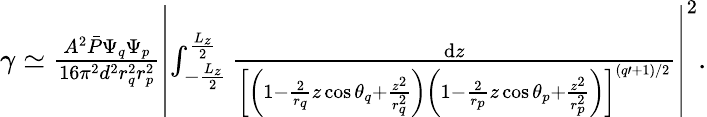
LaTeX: \begin{array}{r}{\gamma\simeq\frac{A^{2}\bar{P}\Psi_{q}\Psi_{p}}{16\pi^{2}d^{2}r_{q}^{2}r_{p}^{2}}\left|\int_{-\frac{L_{z}}2}^{\frac{L_{z}}2}\frac{\mathrm{d}z}{\left[\left(1-\frac 2{r_{q}}z\cos\theta_{q}+\frac{z^{2}}{r_{q}^{2}}\right)\left(1-\frac 2{r_{p}}z\cos\theta_{p}+\frac{z^{2}}{r_{p}^{2}}\right)\right]^{(q\prime+1)/2}}\right|^{2}.}\end{array}